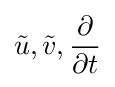
{\tilde {u}},{\tilde {v}},{\partial  \over \partial t}